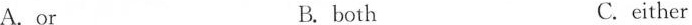
A.or B. both C. either